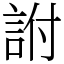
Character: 詂